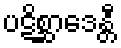
ပဋိစ္ဆာဒေန္တီ